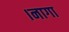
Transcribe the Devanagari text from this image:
।नागा